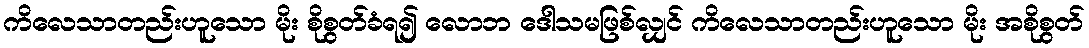
ကိလေသာတည်းဟူသော မိုး စိုစွတ်ခံရ၍ လောဘ ဒေါသမဖြစ်လျှင် ကိလေသာတည်းဟူသော မိုး အစိုစွတ်